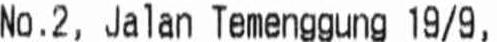
NO.2, JALAN TEMENGGUNG 19/9,